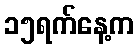
၁၅ရက်နေ့က